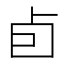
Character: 卣